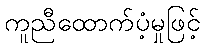
ကူညီထောက်ပံ့မှုဖြင့်